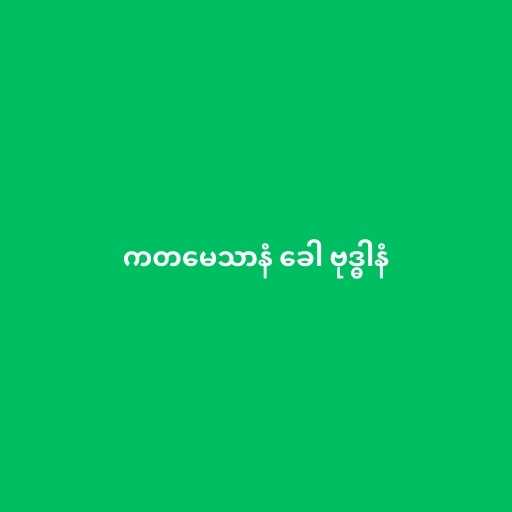
ကတမေသာနံ ခေါ ဗုဒ္ဓါနံ